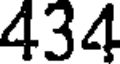
434